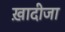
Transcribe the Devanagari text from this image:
ख़ादीजा